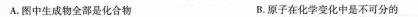
A.图中生成物全都是化合物 B.原子在化学变化中是不可分的